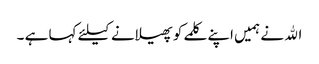
الله نے ہمیں اپنے کلمے کو پھیلانے کیلئے کہا ہے ۔